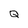
Character: Q